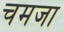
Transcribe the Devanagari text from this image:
चमजा